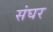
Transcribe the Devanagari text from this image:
संघर